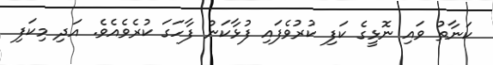
ކަނާތު ވައި ނޮޅީގެ ކަފި ކުރުވެފައި ފުޅާކަން ފާހަގަ ކުރެވެއެވެ. އަދި މިކަފި